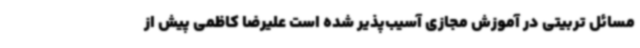
مسائل تربیتی در آموزش مجازی آسیب‌پذیر شده است علیرضا کاظمی پیش از